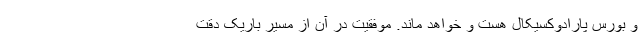
و بورس پارادوکسیکال هست و خواهد ماند. موفقیت در آن از مسیر باریک دقت